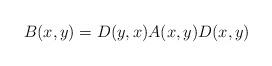
LaTeX: \begin{align*}B(x,y)=D(y,x)A(x,y)D(x,y)\end{align*}